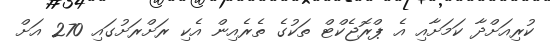
ކުރިއަށްދާ ކަމަށާއި އެ ޕްރޮޖެކްޓް ތަކުގެ ތެރެއިން އެކި ރަށްރަށުގައި 270 އަށް